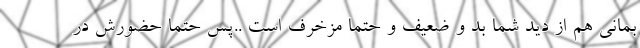
بمانی هم از دید شما بد و ضعیف و حتما مزخرف است ..پس حتما حضورش در